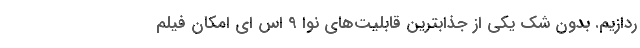
ردازیم. بدون شک یکی از جذابترین قابلیت‌های نوا 9 اس ای امکان فیلم